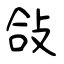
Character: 敆